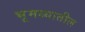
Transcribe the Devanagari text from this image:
भूमध्यातील